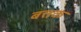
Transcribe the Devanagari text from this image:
बत्तक